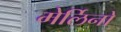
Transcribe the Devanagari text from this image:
मेर्लिनो